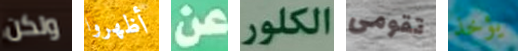
ولكن أظهروا عن الكلور تقومى يؤخذ